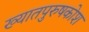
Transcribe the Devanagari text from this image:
ख्यातपुरुषकोश